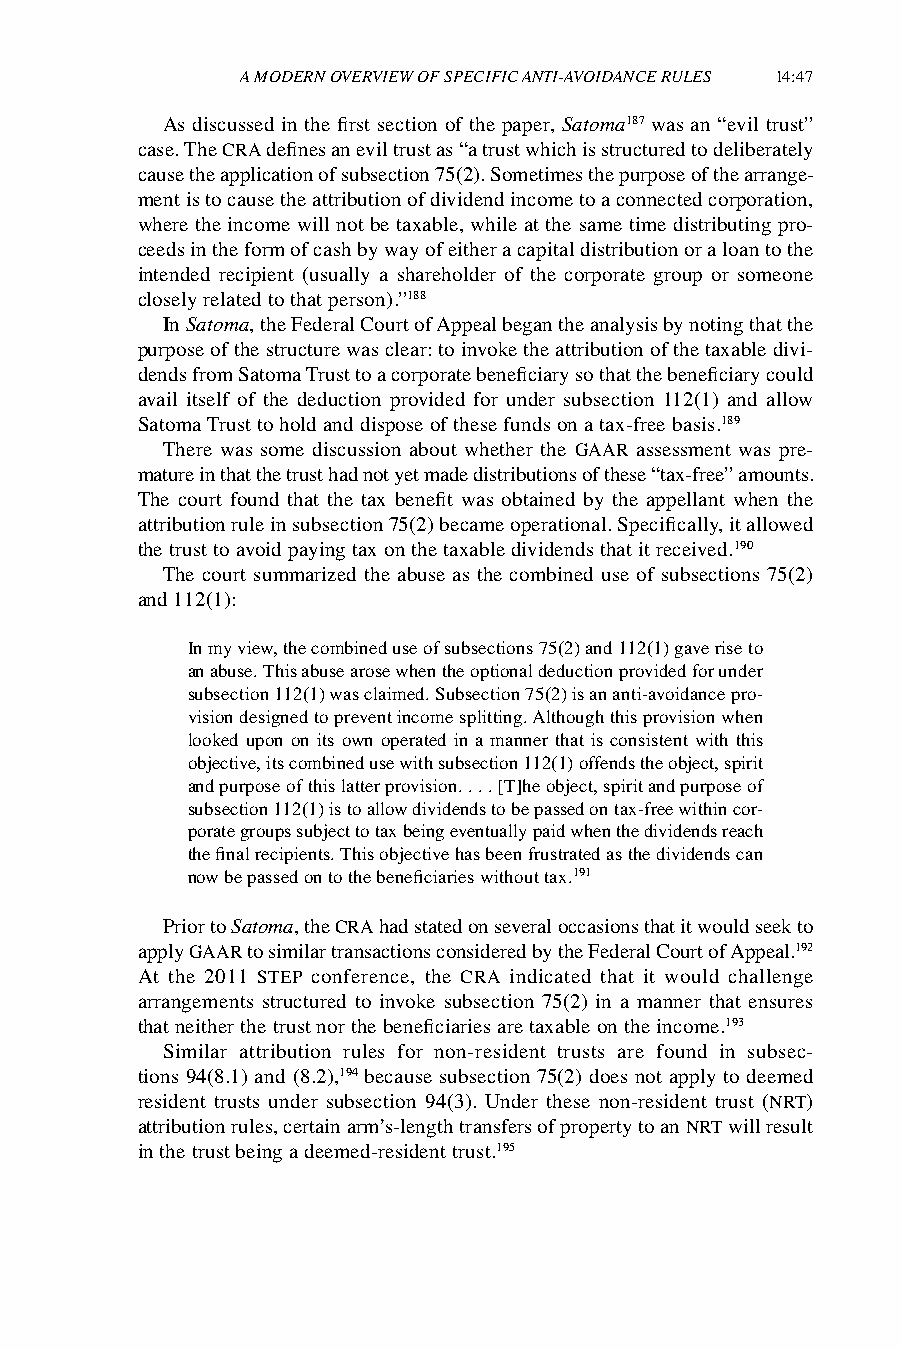
A MODERN OVERVIEW OF SPECIFIC ANTI-AVOIDANCE RULES 14:47
 As discussed in the first section of the paper, Satoma187 was an “evil trust”
 case. The CRA defines an evil trust as “a trust which is structured to deliberately
 cause the application of subsection 75(2). Sometimes the purpose of the arrange-
 ment is to cause the attribution of dividend income to a connected corporation,
 where the income will not be taxable, while at the same time distributing pro-
 ceeds in the form of cash by way of either a capital distribution or a loan to the
 intended recipient (usually a shareholder of the corporate group or someone
 closely related to that person).”188
 In Satoma, the Federal Court of Appeal began the analysis by noting that the
 purpose of the structure was clear: to invoke the attribution of the taxable divi-
 dends from Satoma Trust to a corporate beneficiary so that the beneficiary could
 avail itself of the deduction provided for under subsection 112(1) and allow
 Satoma Trust to hold and dispose of these funds on a tax-free basis.189
 There was some discussion about whether the GAAR assessment was pre-
 mature in that the trust had not yet made distributions of these “tax-free” amounts.
 The court found that the tax benefit was obtained by the appellant when the
 attribution rule in subsection 75(2) became operational. Specifically, it allowed
 the trust to avoid paying tax on the taxable dividends that it received.190
 The court summarized the abuse as the combined use of subsections 75(2)
 and 112(1):
 In my view, the combined use of subsections 75(2) and 112(1) gave rise to
 an abuse. This abuse arose when the optional deduction provided for under
 subsection 112(1) was claimed. Subsection 75(2) is an anti-avoidance pro-
 vision designed to prevent income splitting. Although this provision when
 looked upon on its own operated in a manner that is consistent with this
 objective, its combined use with subsection 112(1) offends the object, spirit
 and purpose of this latter provision. . . . [T]he object, spirit and purpose of
 subsection 112(1) is to allow dividends to be passed on tax-free within cor-
 porate groups subject to tax being eventually paid when the dividends reach
 the final recipients. This objective has been frustrated as the dividends can
 now be passed on to the beneficiaries without tax.191
 Prior to Satoma, the CRA had stated on several occasions that it would seek to
 apply GAAR to similar transactions considered by the Federal Court of Appeal.192
 At the 2011 STEP conference, the CRA indicated that it would challenge
 arrangements structured to invoke subsection 75(2) in a manner that ensures
 that neither the trust nor the beneficiaries are taxable on the income.193
 Similar attribution rules for non-resident trusts are found in subsec-
 tions 94(8.1) and (8.2),194 because subsection 75(2) does not apply to deemed
 resident trusts under subsection 94(3). Under these non-resident trust (NRT)
 attribution rules, certain arm’s-length transfers of property to an NRT will result
 in the trust being a deemed-resident trust.195